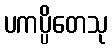
ပကပ္ပိတေသု